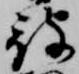
被